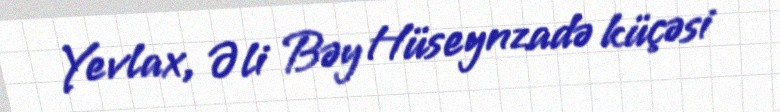
Yevlax, Əli Bəy Hüseynzadə küçəsi